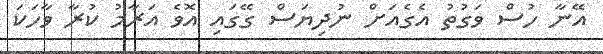
އޭނާ ހުސް ވަގުތު އެގެއަށް ނުދިޔަސް ގޭގައި އޮވެ އަރާމު ކުރާ ވާހަކަ